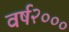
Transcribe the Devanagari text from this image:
वर्ष२०००